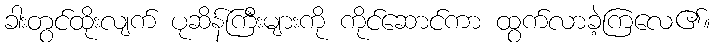
ခါးတွင်ထိုးလျက် ပုဆိန်ကြီးများကို ကိုင်ဆောင်ကာ ထွက်လာခဲ့ကြလေ၏။